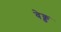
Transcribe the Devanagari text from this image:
वेक्ड